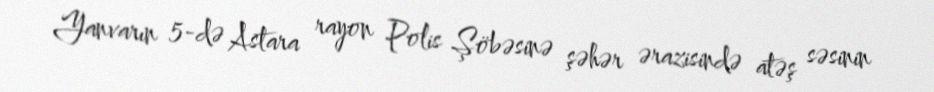
Yanvarın 5-də Astara rayon Polis Şöbəsinə şəhər ərazisində atəş səsinin